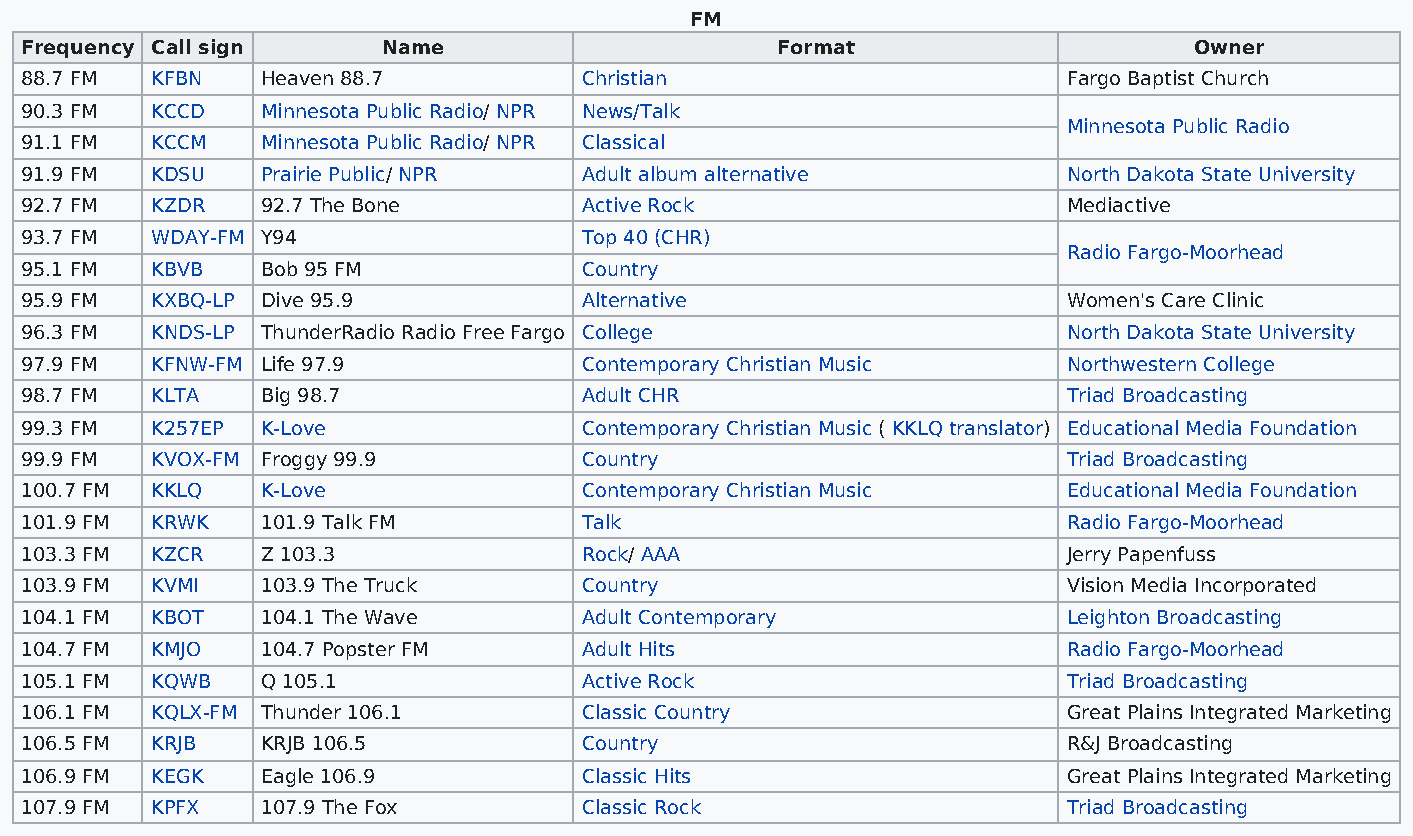
FM
 Frequency Call sign     Name                      Format                      Owner
 88.7 FM  KFBN   Heaven 88.7          Christian                        Fargo Baptist Church
 90.3 FM  KCCD   Minnesota Public Radio/ NPR News/Talk
 Minnesota Public Radio
 91.1 FM  KCCM   Minnesota Public Radio/ NPR Classical
 91.9 FM  KDSU   Prairie Public/ NPR  Adult album alternative          North Dakota State University
 92.7 FM  KZDR   92.7 The Bone        Active Rock                      Mediactive
 93.7 FM  WDAY-FM Y94                 Top 40 (CHR)
 Radio Fargo-Moorhead
 95.1 FM  KBVB   Bob 95 FM            Country
 95.9 FM  KXBQ-LP Dive 95.9           Alternative                      Women's Care Clinic
 96.3 FM  KNDS-LP ThunderRadio Radio Free Fargo College                North Dakota State University
 97.9 FM  KFNW-FM Life 97.9           Contemporary Christian Music     Northwestern College
 98.7 FM  KLTA   Big 98.7             Adult CHR                        Triad Broadcasting
 99.3 FM  K257EP K-Love               Contemporary Christian Music ( KKLQ translator) Educational Media Foundation
 99.9 FM  KVOX-FM Froggy 99.9         Country                          Triad Broadcasting
 100.7 FM KKLQ   K-Love               Contemporary Christian Music     Educational Media Foundation
 101.9 FM KRWK   101.9 Talk FM        Talk                             Radio Fargo-Moorhead
 103.3 FM KZCR   Z 103.3              Rock/ AAA                        Jerry Papenfuss
 103.9 FM KVMI   103.9 The Truck      Country                          Vision Media Incorporated
 104.1 FM KBOT   104.1 The Wave       Adult Contemporary               Leighton Broadcasting
 104.7 FM KMJO   104.7 Popster FM     Adult Hits                       Radio Fargo-Moorhead
 105.1 FM KQWB   Q 105.1              Active Rock                      Triad Broadcasting
 106.1 FM KQLX-FM Thunder 106.1       Classic Country                  Great Plains Integrated Marketing
 106.5 FM KRJB   KRJB 106.5           Country                          R&J Broadcasting
 106.9 FM KEGK   Eagle 106.9          Classic Hits                     Great Plains Integrated Marketing
 107.9 FM KPFX   107.9 The Fox        Classic Rock                     Triad Broadcasting